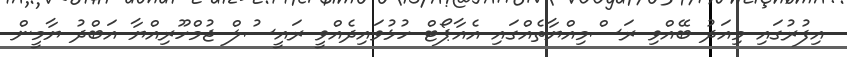
އިފުރުގައި މިއަދު ބޭއްވި ރަސްމިއްޔާތެއްގައި އެއާޕޯޓް ހުޅުވައިދެއްވީ ރައީސުލް ޖުމްހޫރިއްޔާ އަބްދު ޔާމީން